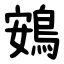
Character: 鴳